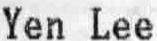
YEN LEE